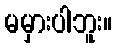
မမှားပါဘူး။